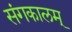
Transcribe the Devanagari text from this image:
संगकालम्